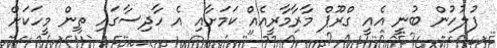
ފުލުހުން ބުނީ އެއީ ގްރޫޕް މާރާމާރީއެއް ކަމަށާއި އެ ހާދިސާގައި ތިން މީހަކަށް